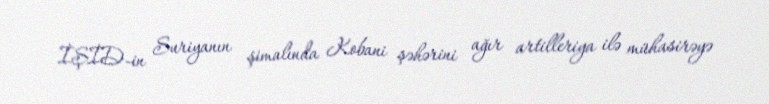
İŞİD-in Suriyanın şimalında Kobani şəhərini ağır artilleriya ilə mühasirəyə